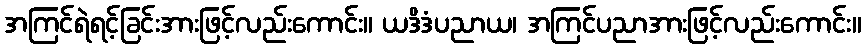
အကြင်ရဲရင့်ခြင်းအားဖြင့်လည်းကောင်း။ ယဒိဒံပညာယ၊ အကြင်ပညာအားဖြင့်လည်းကောင်း။